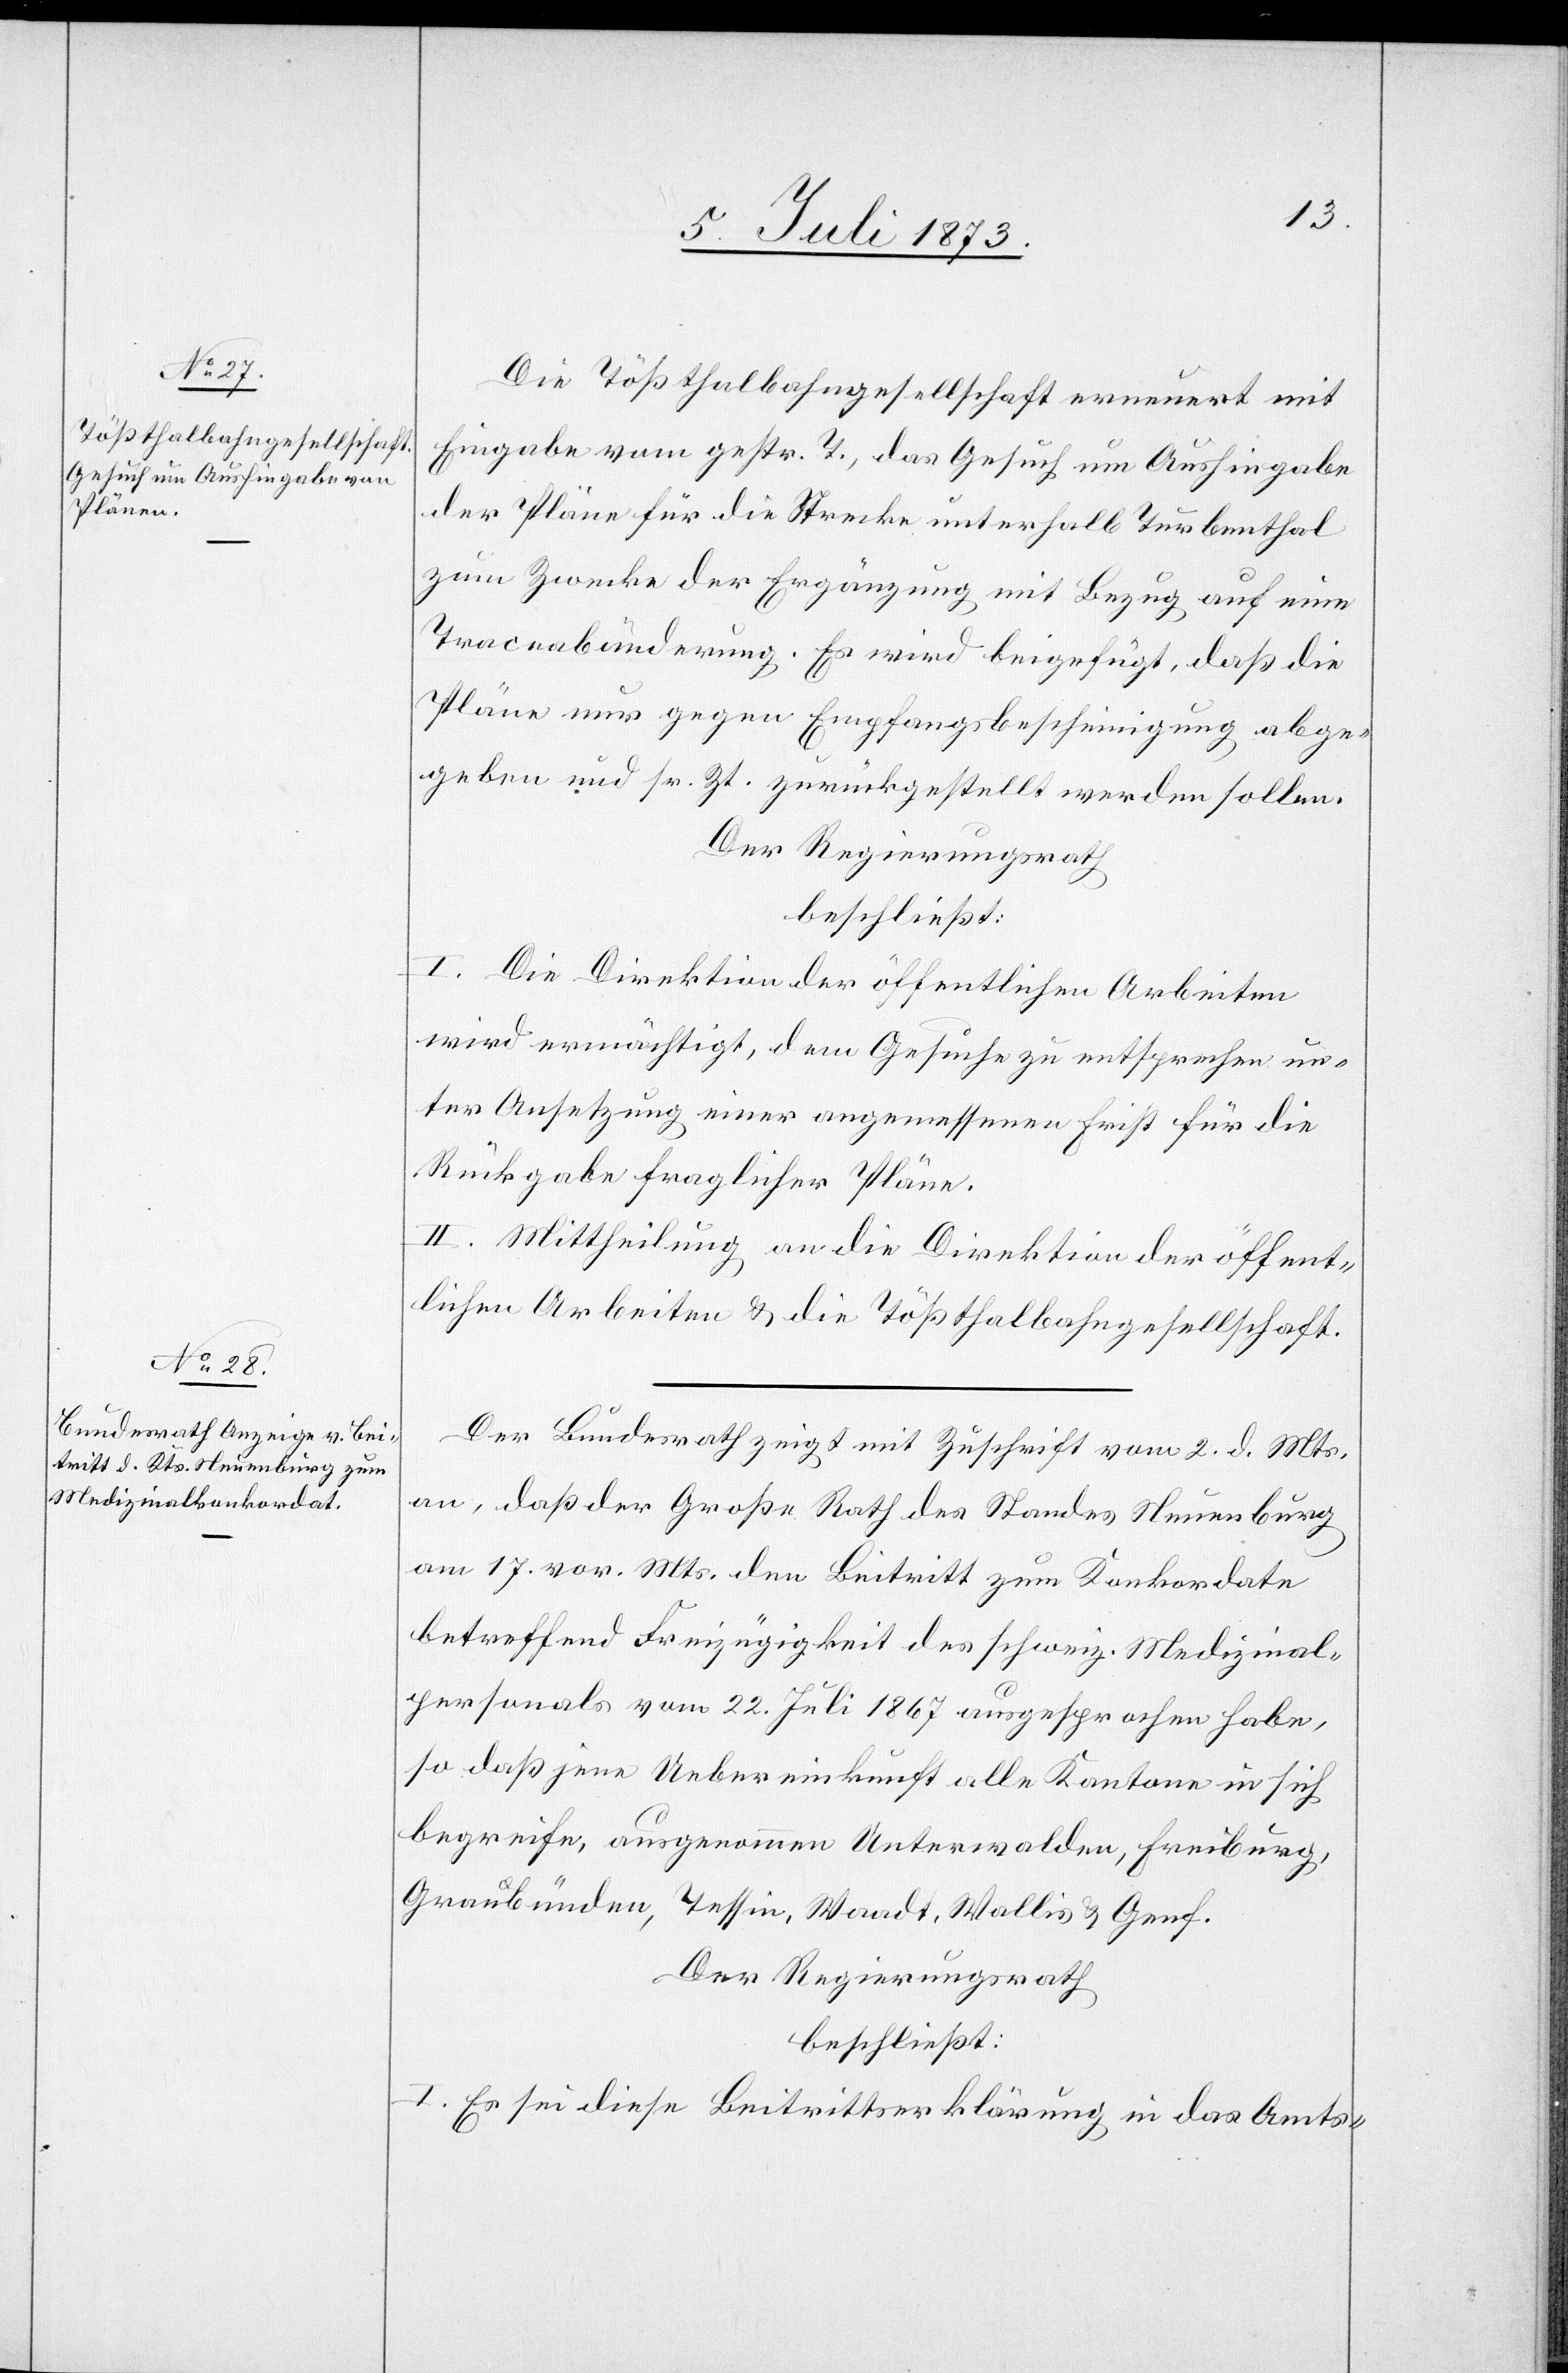
Die Tößthalbahngesellschaft erneuert mit
Eingabe vom gestr. T., das Gesuch um Aushingabe
der Pläne für die Strecke unterhalb Turbenthal
zum Zwecke der Ergänzung mit Bezug auf eine
Traceabänderung. Es wird beigefügt, daß die
Pläne nur gegen Empfangsbescheinigung abge¬
geben und sr. Zt. zurückgestellt werden sollen.
Der Regierungsrath
beschließt:
I. Die Direktion der öffentlichen Arbeiten
wird ermächtigt, dem Gesuche zu entsprechen un¬
ter Ansetzung einer angemessenen Frist für die
Rückgabe fraglicher Pläne.
II. Mittheilung an die Direktion der öffent¬
lichen Arbeiten & die Tößthalbahngesellschaft.
Der Bundesrath zeigt mit Zuschrift vom 2. d. Mts.
an, daß der Große Rath des Standes Neuenburg
am 17. vor. Mts. den Beitritt zum Konkordate
betreffend Freizügigkeit des schweiz. Medizinal¬
personals vom 22. Juli 1867 ausgesprochen habe,
so daß jene Uebereinkunft alle Kantone in sich
begreife, ausgenommen Unterwalden, Freiburg,
Graubünden, Tessin, Waadt, Wallis & Genf.
Der Regierungsrath
beschließt:
I. Es sei diese Beitrittserklärung in das Amts-